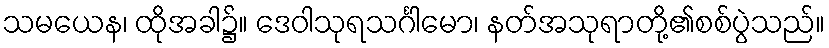
သမယေန၊ ထိုအခါ၌။ ဒေဝါသုရသင်္ဂါမော၊ နတ်အသုရာတို့၏စစ်ပွဲသည်။